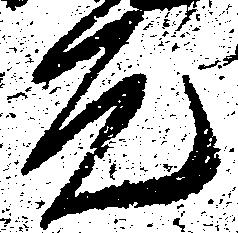
元